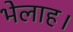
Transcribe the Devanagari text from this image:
भेलाह।